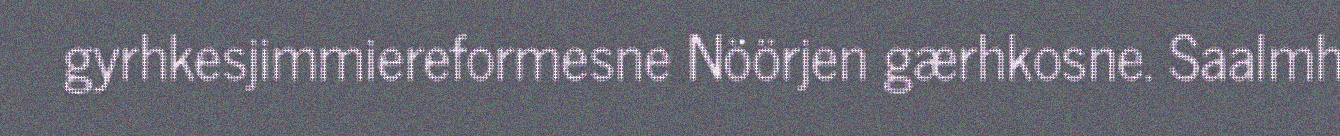
gyrhkesjimmiereformesne Nöörjen gærhkosne. Saalmh